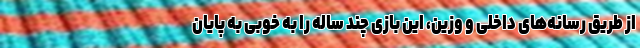
از طریق رسانه‌های داخلی و وزین، این بازی چند ساله را به خوبی به پایان